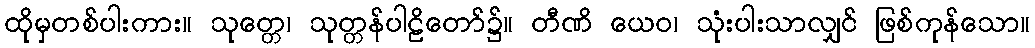
ထိုမှတစ်ပါးကား။ သုတ္တေ၊ သုတ္တန်ပါဠိတော်၌။ တီဏိ ယေဝ၊ သုံးပါးသာလျှင် ဖြစ်ကုန်သော။